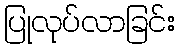
ပြုလုပ်လာခြင်း